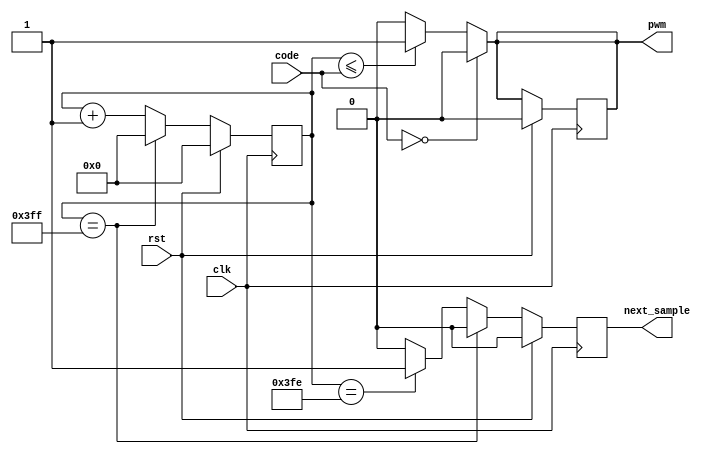
// Status:      works fine

module dac #(
    parameter CYCLES_PER_WINDOW = 1024,
    parameter CODE_WIDTH = $clog2(CYCLES_PER_WINDOW)
)(
    input clk,
    input rst,
    input [CODE_WIDTH-1:0] code,
    output next_sample,
    output reg pwm
);

    reg [CODE_WIDTH-1:0] ctr;
    // reg pwm_buffer = 'b0;
    reg next_sample_buffer;


    always @(posedge clk)
    begin

        if (rst)
        begin
            ctr = 'b0;
            pwm = 'b0;
            next_sample_buffer = 'b0;
        end
        
        //ctr = (ctr == CYCLES_PER_WINDOW-1) ? 'b0 : ctr + 1;

        else if (ctr == CYCLES_PER_WINDOW-1)
        begin
            next_sample_buffer = 1'b0;
            ctr = 1'b0;
        end
        else if (ctr == CYCLES_PER_WINDOW-2)
        begin
            next_sample_buffer = 1'b1;
            ctr = ctr + 1;
        end
        else
        begin
            next_sample_buffer = 1'b0;
            ctr = ctr + 1;
        end

    end

    always @(ctr)
    begin
        if (code == 'b0)
        begin
            pwm = 1'b0;
        end
        else if(ctr <= code)
        begin
            pwm = 1'b1;
        end
        else
        begin
            pwm = 1'b0;
        end
    end

    // assign pwm = pwm_buffer;
    //assign pwm = 0;
    assign next_sample = next_sample_buffer;
    
endmodule